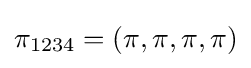
\pi _{1234}=(\pi ,\pi ,\pi ,\pi )